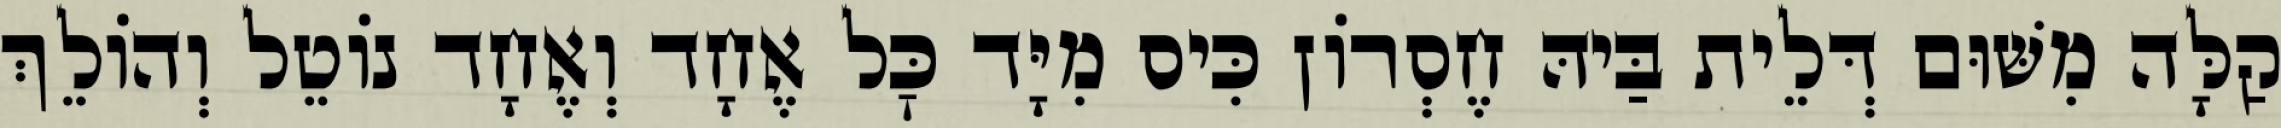
קַלָּה מִשּׁוּם דְּלֵית בַּיהּ חֶסְרוֹן כִּיס מִיָּד כׇּל אֶחָד וְאֶחָד נוֹטֵל וְהוֹלֵךְ